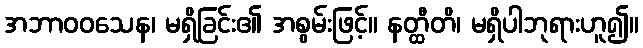
အဘာဝဝသေန၊ မရှိခြင်း၏ အစွမ်းဖြင့်။ နတ္ထီတိ၊ မရှိပါဘုရားဟူ၍။